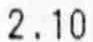
2.10